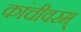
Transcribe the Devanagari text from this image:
कांचीवरम्